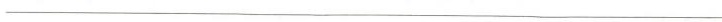
___